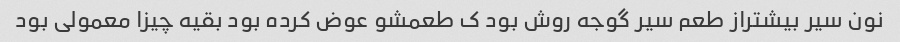
نون سیر بیشتراز طعم سیر گوجه روش بود ک طعمشو عوض کرده بود بقیه چیزا معمولی بود